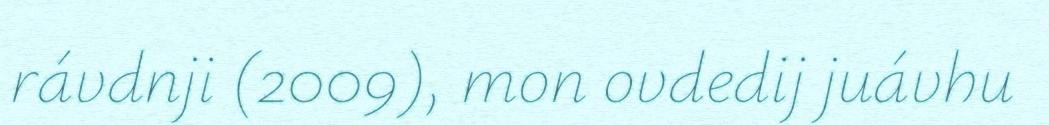
rávdnji (2009), mon ovdedij juávhu